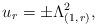
LaTeX: \begin{align*}u_{r} = \pm \Lambda_{(1,\,r)}^{2},\end{align*}